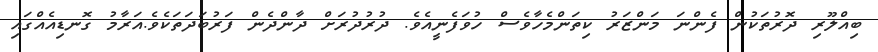
ބިއްލޫރި ދޮރުތަކުން ފެންނަ މަންޒަރު ކިތަންމެހާވެސް ހުވަފެނީއެވެ. ދުރުދުރަށް ދާންދެން ފަރުބަދަތަކެވެ.އަރާމު ގޮނޑިއެއްގައި